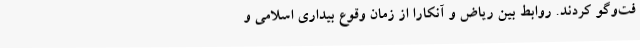
فت‌وگو کردند. روابط بین ریاض و آنکارا از زمان وقوع بیداری اسلامی و